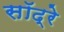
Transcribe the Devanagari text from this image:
सॉद्रे